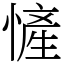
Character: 㦃